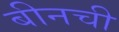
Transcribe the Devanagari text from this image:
बीनची